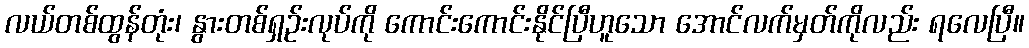
လယ်တစ်ထွန်တုံး၊ နွားတစ်ရှဉ်းလုပ်ကို ကောင်းကောင်းနိုင်ပြီဟူသော အောင်လက်မှတ်ကိုလည်း ရလေပြီ။